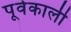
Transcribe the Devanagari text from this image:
पूर्वकाली